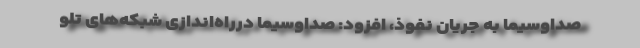
صداوسیما به جریان نفوذ، افزود: صداوسیما درراه‌اندازی شبکه‌های تلو